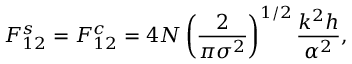
F _ { 1 2 } ^ { s } = F _ { 1 2 } ^ { c } = 4 N \left( \frac { 2 } { \pi \sigma ^ { 2 } } \right) ^ { 1 / 2 } \frac { k ^ { 2 } h } { \alpha ^ { 2 } } ,